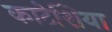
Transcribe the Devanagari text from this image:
काटेशिया